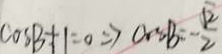
\cos B + 1 = 0 \Rightarrow \cos B = - \frac { \sqrt { 2 } } { 2 }